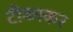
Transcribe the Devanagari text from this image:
टीकाकर